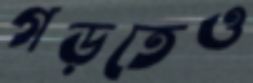
গড়তেও